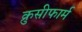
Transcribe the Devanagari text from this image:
क्रुसीफार्म